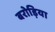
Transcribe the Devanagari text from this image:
बरोड़िया